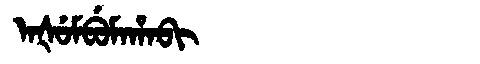
Manchu: ᠠᡧᡠᠮᠪᡠᠮᠠᡥᠠᠪᡳ
Romanization: AŠUMBUMAHABI